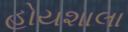
હોયશાલા